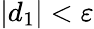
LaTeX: |d_{1}|<\varepsilon